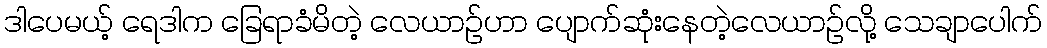
ဒါပေမယ့် ရေဒါက ခြေရာခံမိတဲ့ လေယာဉ်ဟာ ပျောက်ဆုံးနေတဲ့လေယာဉ်လို့ သေချာပေါက်